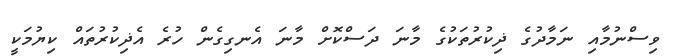
ވިސްނުމާއި ނަމާދުގެ ޛިކުރުތަކުގެ މާނަ ދަސްކޮށް މާނަ އެނގިގެން ހުރެ އެޛިކުރުތައް ކިޔުމަކީ